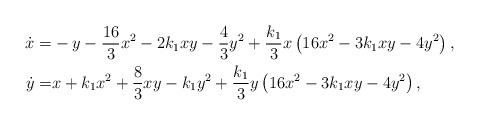
LaTeX: \begin{align*} \begin{aligned}\dot{x} = & -y - \frac{16}{3} x^2 - 2 k_1 x y - \frac{4}{3} y^2 + \frac{k_1}{3} x \left(16 x^2 - 3 k_1 x y - 4 y^2 \right),\\\dot{y} = & x + k_1 x^2 + \dfrac{8}{3} x y - k_1 y^2 + \frac{k_1}{3} y \left(16 x^2 - 3 k_1 x y - 4 y^2 \right),\end{aligned}\end{align*}